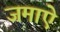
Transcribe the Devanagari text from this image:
जमाऐ